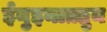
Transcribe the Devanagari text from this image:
ईनुइनाक़्तुन